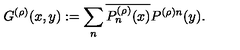
G ^ { ( \rho ) } ( x , y ) : = \sum _ { n } \overline { { P _ { n } ^ { ( \rho ) } ( x ) } } P ^ { ( \rho ) n } ( y ) .